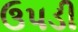
ઉપડી